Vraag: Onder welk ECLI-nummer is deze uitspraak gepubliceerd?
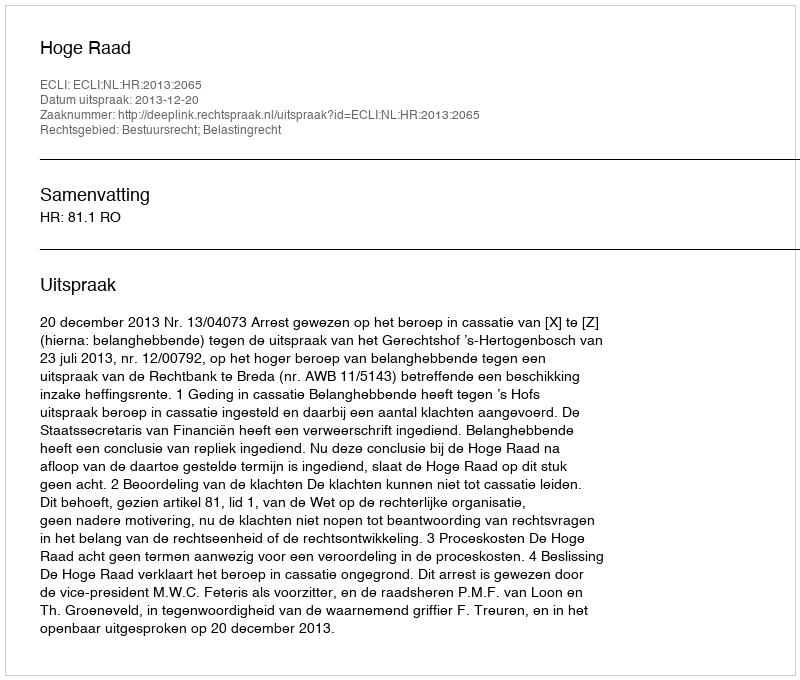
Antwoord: ECLI:NL:HR:2013:2065